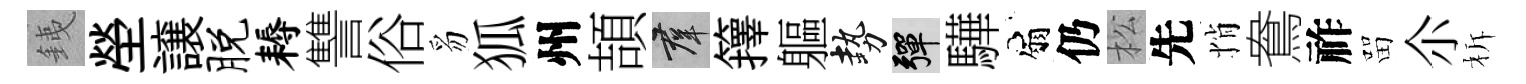
銕塋譲脱耨讐俗豸狐州頡群籜軀勢彈驊扇仍松先悄鴦祚㽞尒柝